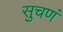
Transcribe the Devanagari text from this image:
सुचणं